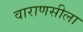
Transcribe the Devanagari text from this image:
वाराणसीला